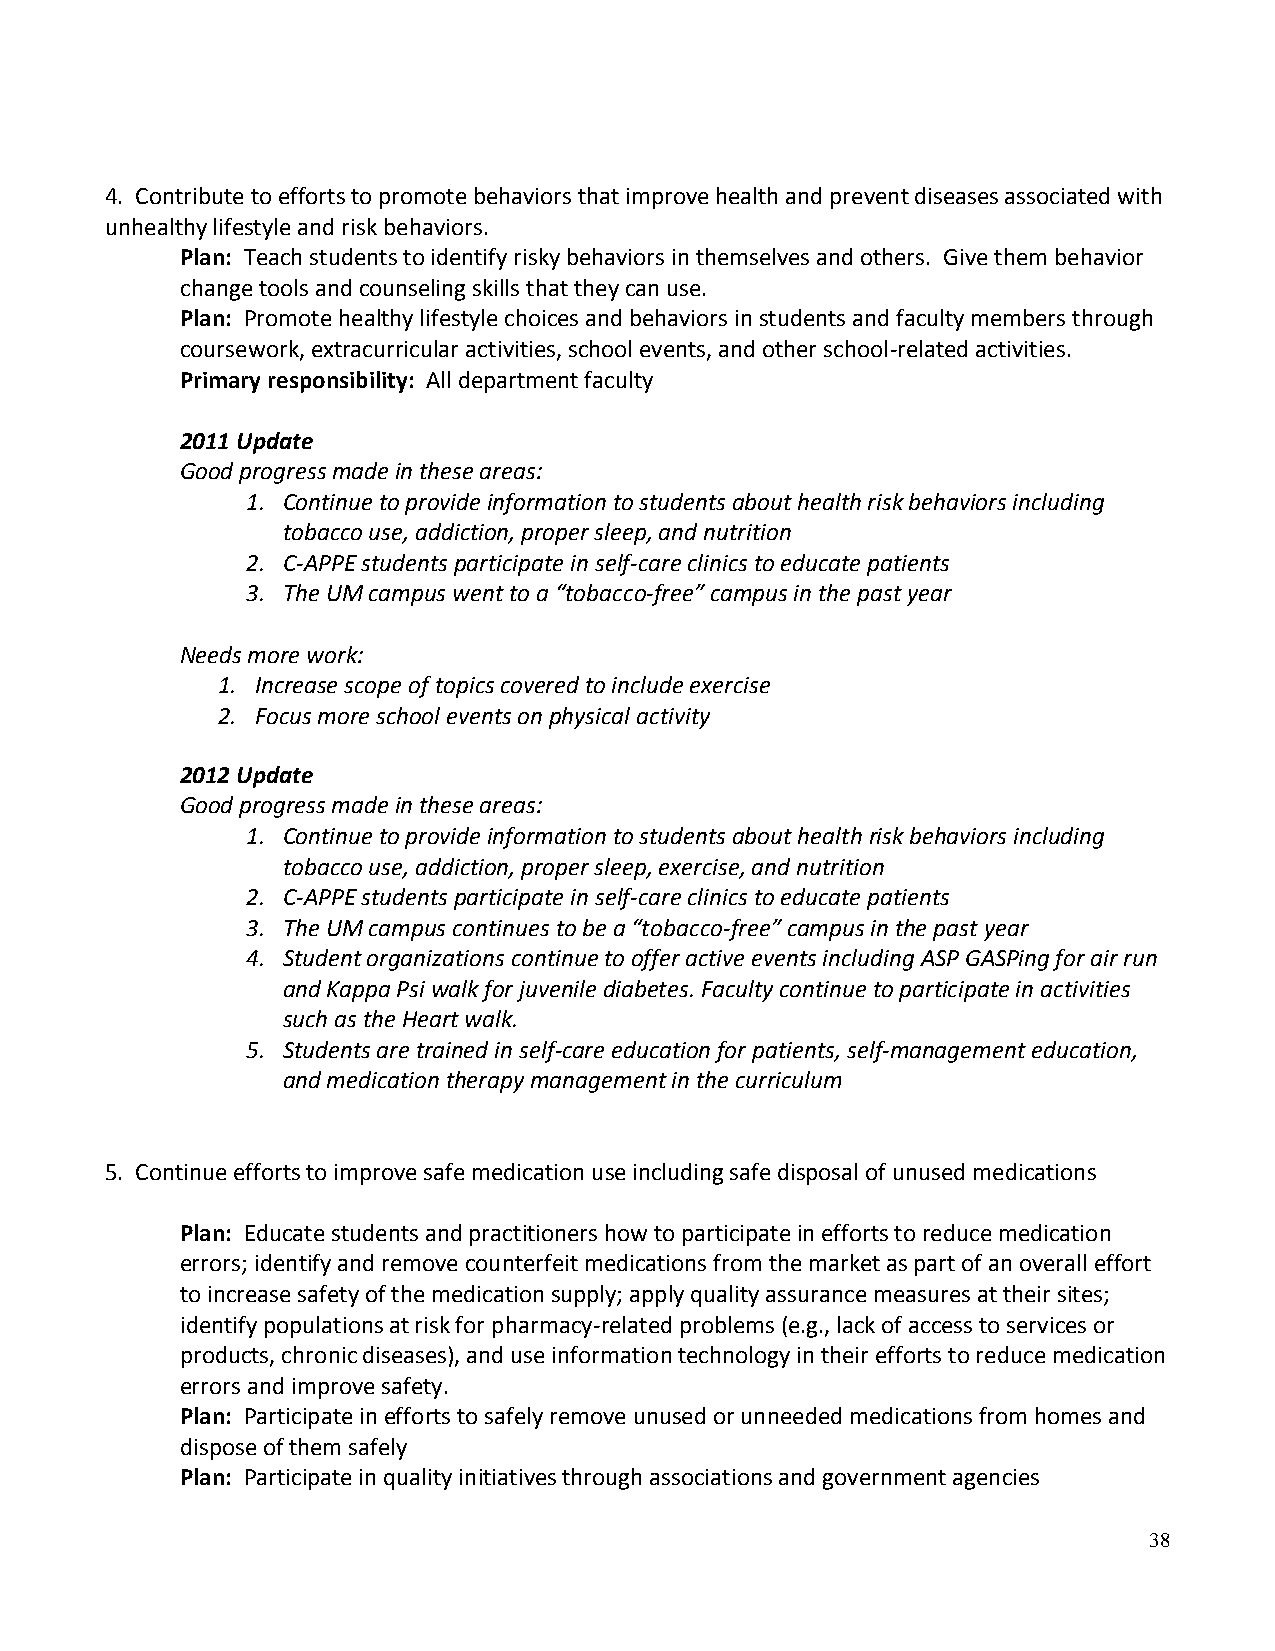
4. Contribute to efforts to promote behaviors that improve health and prevent diseases associated with
 unhealthy lifestyle and risk behaviors.
 Plan: Teach students to identify risky behaviors in themselves and others. Give them behavior
 change tools and counseling skills that they can use.
 Plan: Promote healthy lifestyle choices and behaviors in students and faculty members through
 coursework, extracurricular activities, school events, and other school-related activities.
 Primary responsibility: All department faculty
 2011 Update
 Good progress made in these areas:
 1. Continue to provide information to students about health risk behaviors including
 tobacco use, addiction, proper sleep, and nutrition
 2. C-APPE students participate in self-care clinics to educate patients
 3. The UM campus went to a “tobacco-free” campus in the past year
 Needs more work:
 1. Increase scope of topics covered to include exercise
 2. Focus more school events on physical activity
 2012 Update
 Good progress made in these areas:
 1. Continue to provide information to students about health risk behaviors including
 tobacco use, addiction, proper sleep, exercise, and nutrition
 2. C-APPE students participate in self-care clinics to educate patients
 3. The UM campus continues to be a “tobacco-free” campus in the past year
 4. Student organizations continue to offer active events including ASP GASPing for air run
 and Kappa Psi walk for juvenile diabetes. Faculty continue to participate in activities
 such as the Heart walk.
 5. Students are trained in self-care education for patients, self-management education,
 and medication therapy management in the curriculum
 5. Continue efforts to improve safe medication use including safe disposal of unused medications
 Plan: Educate students and practitioners how to participate in efforts to reduce medication
 errors; identify and remove counterfeit medications from the market as part of an overall effort
 to increase safety of the medication supply; apply quality assurance measures at their sites;
 identify populations at risk for pharmacy-related problems (e.g., lack of access to services or
 products, chronic diseases), and use information technology in their efforts to reduce medication
 errors and improve safety.
 Plan: Participate in efforts to safely remove unused or unneeded medications from homes and
 dispose of them safely
 Plan: Participate in quality initiatives through associations and government agencies
 38